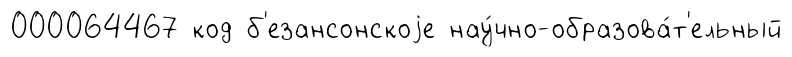
000064467 код б'езансонскоjе нау́чно-образова́т'ельный